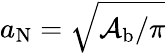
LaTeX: a_{\mathrm{N}}=\sqrt{\mathcal{A}_{\mathrm{b}}/\pi}